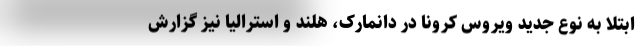
ابتلا به نوع جدید ویروس کرونا در دانمارک، هلند و استرالیا نیز گزارش